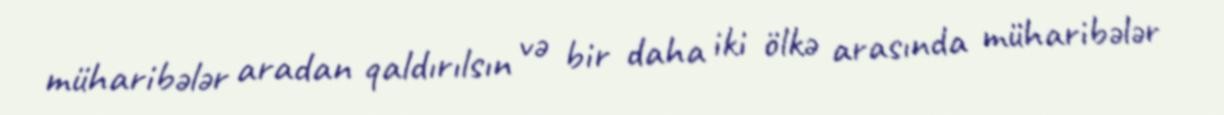
müharibələr aradan qaldırılsın və bir daha iki ölkə arasında müharibələr